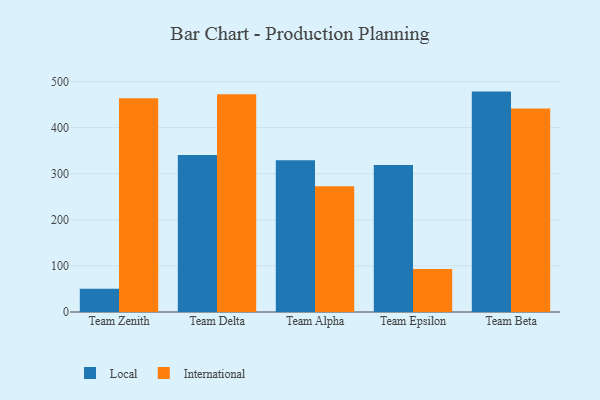
{"axis": {"x": "Team", "y": "Customer Acquisition Cost (USD)"}, "legend": ["International", "Local"], "data": [{"x": "Team Zenith", "y": 50.6, "type": "Local"}, {"x": "Team Zenith", "y": 463.7, "type": "International"}, {"x": "Team Delta", "y": 340.8, "type": "Local"}, {"x": "Team Delta", "y": 472.7, "type": "International"}, {"x": "Team Alpha", "y": 329.2, "type": "Local"}, {"x": "Team Alpha", "y": 272.6, "type": "International"}, {"x": "Team Epsilon", "y": 318.9, "type": "Local"}, {"x": "Team Epsilon", "y": 93.3, "type": "International"}, {"x": "Team Beta", "y": 478.2, "type": "Local"}, {"x": "Team Beta", "y": 441.6, "type": "International"}]}